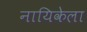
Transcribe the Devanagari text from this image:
नायिकेला